Civil Veterinary Department. Madras. Admin. report 1926-33 - 1926-1933
Year: 1926
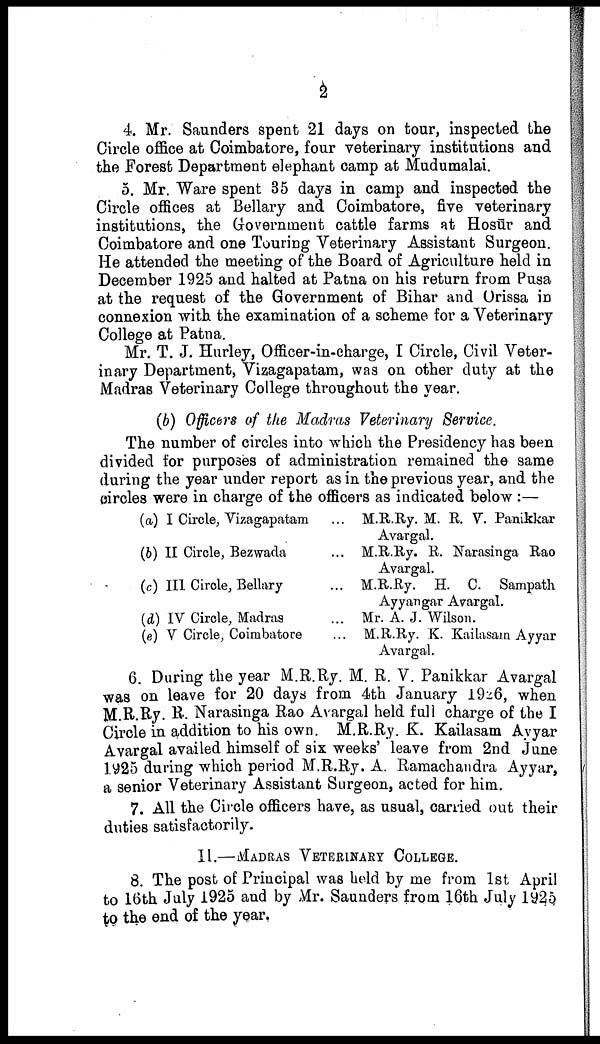
2
4. Mr. Saunders spent 21 days on tour, inspected the
Circle office at Coimbatore, four veterinary institutions and
the Forest Department elephant camp at Mudumalai.
5. Mr. Ware spent 35 days in camp and inspected the
Circle offices at Bellary and Coimbatore, five veterinary
institutions, the Government cattle farms at Hosur and
Coimbatore and one Touring Veterinary Assistant Surgeon.
He attended the meeting of the Board of Agriculture held in
December 1925 and halted at Patna on his return from Pusa
at the request of the Government of Bihar and Orissa in
connexion with the examination of a scheme for a Veterinary
College at Patna.
Mr. T. J. Hurley, Officer-in-charge, I Circle, Civil Veter-
inary Department, Vizagapatam, was on other duty at the
Madras Veterinary College throughout the year.
(b) Officers of the Madras Veterinary Service.
The number of circles into which the Presidency has been
divided for purposes of administration remained the same
during the year under report as in the previous year, and the
circles were in charge of the officers as indicated below :—
(a) I Circle, Vizagapatam ...
(b) II Circle, Bezwada
...
(c) III Circle, Bellary
...
(d) IV Circle, Madras
...
(e) V Circle, Coimbatore ...
M.R.Ry. M. R. V. Pamkkar
Avargal.
M.R.Ry. R. Narasinga Rao
Avargal.
M.R.Ry. H. C. Sampath
Ayyangar Avargal.
Mr. A. J. Wilson.
M.R.Ry. K. Kailasam Ayyar
Avargal.
6. During the year M.R.Ry. M. R. V. Panikkar Avargal
was on leave for 20 days from 4th January 1926, when
M.R.Ry. B. Narasinga Rao Avargal held full charge of the I
Circle in addition to his own. M.R.Ry. K. Kailasam Ayyar
Avargal availed himself of six weeks' leave from 2nd June
1925 during which period M.R.Ry. A. Ramachandra Ayyar,
a senior Veterinary Assistant Surgeon, acted for him.
7. All the Circle officers have, as usual, carried out their
duties satisfactorily.
11.—MADRAS VETERINARY COLLEGE.
8. The post of Principal was held by me from 1st April
to 16th July 1925 and by Mr. Saunders from 16th July 1925
to the end of the year.